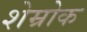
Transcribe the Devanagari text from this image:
शेम्रोक